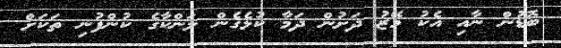
ބޮޑުން ނާއި އެކު މޭޒު ދަށުން ދަމާ ކުޅެގެން ލަންކާގެ ކުންފުނި ތަކަށް